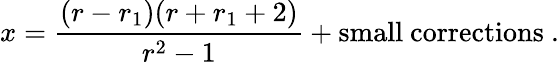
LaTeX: x=\frac{(r-r_{1})(r+r_{1}+2)}{r^{2}-1}+\mathrm{small~corrections}\ .